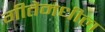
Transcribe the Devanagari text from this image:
गीतेमधील